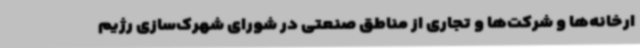
ارخانه‌ها و شرکت‌ها و تجاری از مناطق صنعتی در شورای شهرک‌سازی رژیم